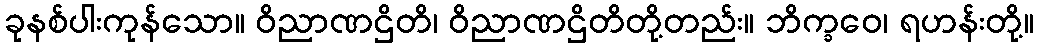
ခုနစ်ပါးကုန်သော။ ဝိညာဏဌိတိ၊ ဝိညာဏဌိတိတို့တည်း။ ဘိက္ခဝေ၊ ရဟန်းတို့။